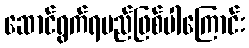
ဆောင်ရွက်ရမည်ဖြစ်ပါကြောင်း